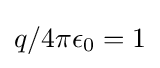
q/4\pi \epsilon _{0}=1